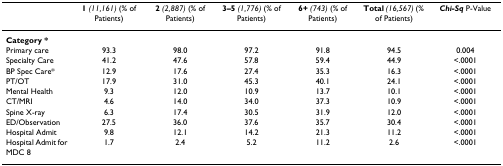
|  | 1 (11,161) (% of Patients) | 2 (2,887) (% of Patients) | 3–5 (1,776) (% of Patients) | 6+ (743) (% of Patients) | Total (16,567) (% of Patients) | Chi-Sq P-Value |
 | --- | --- | --- | --- | --- | --- | --- |
 | <COLSPAN=7> Category * |
 | Primary care | 93.3 | 98.0 | 97.2 | 91.8 | 94.5 | 0.004 |
 | Specialty Care | 41.2 | 47.6 | 57.8 | 59.4 | 44.9 | <.0001 |
 | BP Spec Care* | 12.9 | 17.6 | 27.4 | 35.3 | 16.3 | <.0001 |
 | PT/OT | 17.9 | 31.0 | 45.3 | 40.1 | 24.1 | <.0001 |
 | Mental Health | 9.3 | 12.0 | 10.9 | 13.7 | 10.1 | <.0001 |
 | CT/MRI | 4.6 | 14.0 | 34.0 | 37.3 | 10.9 | <.0001 |
 | Spine X-ray | 6.3 | 17.4 | 30.5 | 31.9 | 12.0 | <.0001 |
 | ED/Observation | 27.5 | 36.0 | 37.6 | 35.7 | 30.4 | <.0001 |
 | Hospital Admit | 9.8 | 12.1 | 14.2 | 21.3 | 11.2 | <.0001 |
 | Hospital Admit for MDC 8 | 1.7 | 2.4 | 5.2 | 11.2 | 2.6 | <.0001 |